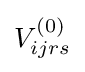
V_{ijrs}^{(0)}